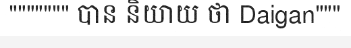
""""""" បាន និយាយ ថា Daigan"""